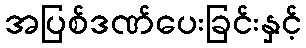
အပြစ်ဒဏ်ပေးခြင်းနှင့်